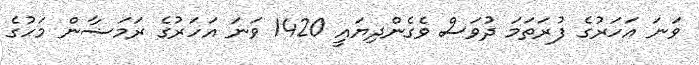
ވަނަ އަހަރުގެ ފުރަތަމަ ދުވަސް ވެގެންދިޔައީ 1420 ވަނަ އަހަރުގެ ރަމަޟާން މަހުގެ